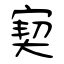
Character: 窫